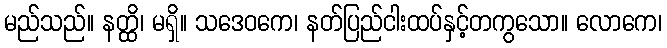
မည်သည်။ နတ္ထိ၊ မရှိ။ သဒေဝကေ၊ နတ်ပြည်ငါးထပ်နှင့်တကွသော။ လောကေ၊